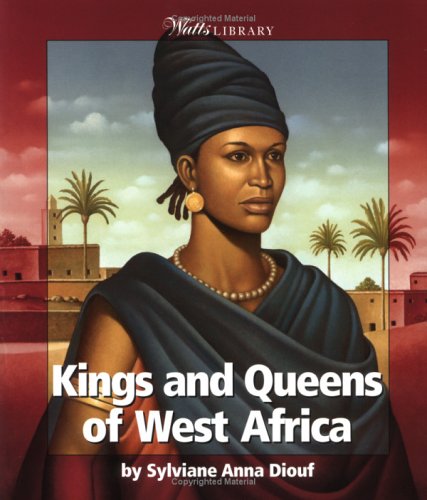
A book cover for Kings and Queens of West Africa (Watts Library: Africa-Kings and Queens); Sylviane A. Diouf; Children's Books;